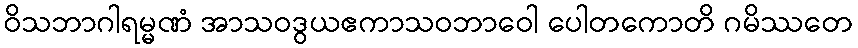
ဝိသဘာဂါရမ္မဏံ အာသဝဒွယဧကာသဝဘာဝေါ ပေါတကောတိ ဂမိဿတေ